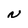
Character: N